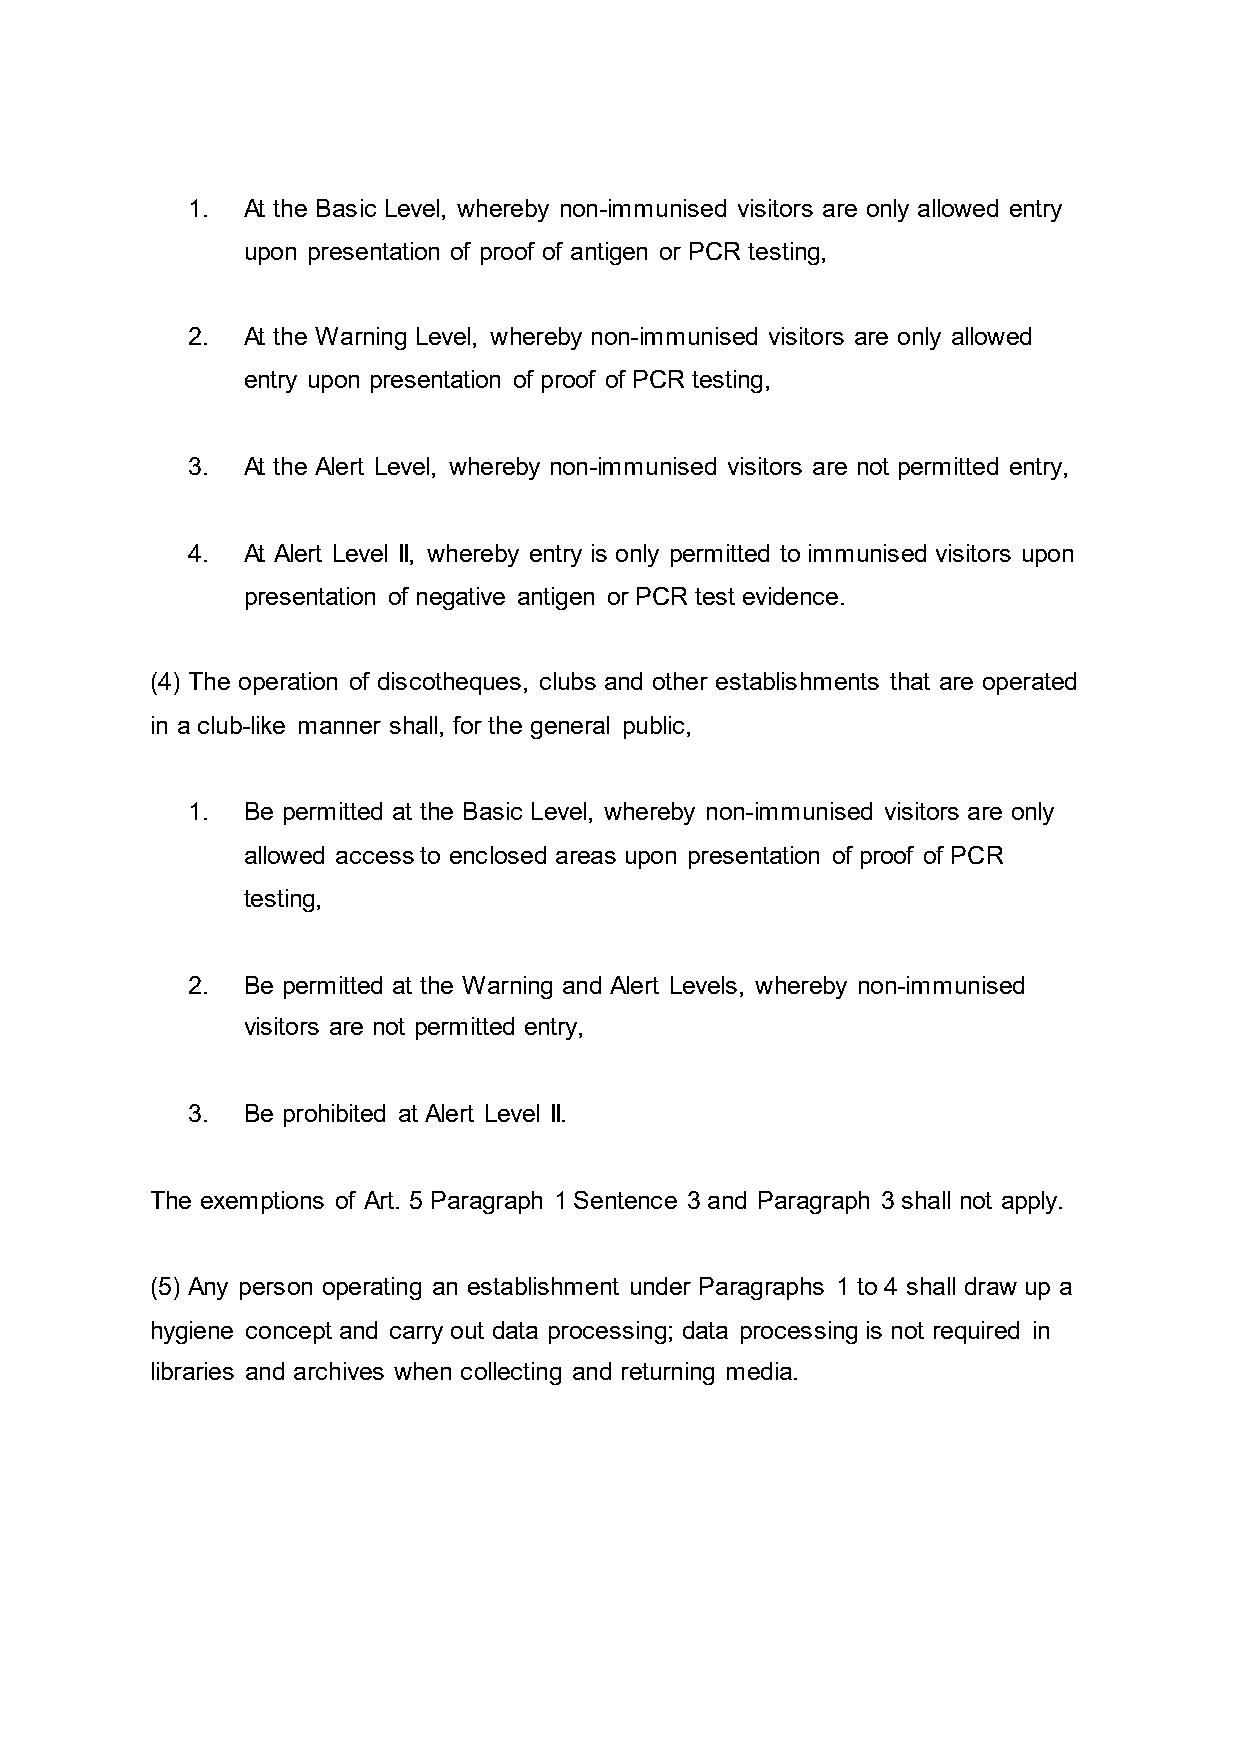
1.  At the Basic Level, whereby non-immunised visitors are only allowed entry
 upon presentation of proof of antigen or PCR testing,
 2.  At the Warning Level, whereby non-immunised visitors are only allowed
 entry upon presentation of proof of PCR testing,
 3.  At the Alert Level, whereby non-immunised visitors are not permitted entry,
 4.  At Alert Level II, whereby entry is only permitted to immunised visitors upon
 presentation of negative antigen or PCR test evidence.
 (4) The operation of discotheques, clubs and other establishments that are operated
 in a club-like manner shall, for the general public,
 1.  Be permitted at the Basic Level, whereby non-immunised visitors are only
 allowed access to enclosed areas upon presentation of proof of PCR
 testing,
 2.  Be permitted at the Warning and Alert Levels, whereby non-immunised
 visitors are not permitted entry,
 3.  Be prohibited at Alert Level II.
 The exemptions of Art. 5 Paragraph 1 Sentence 3 and Paragraph 3 shall not apply.
 (5) Any person operating an establishment under Paragraphs 1 to 4 shall draw up a
 hygiene concept and carry out data processing; data processing is not required in
 libraries and archives when collecting and returning media.